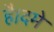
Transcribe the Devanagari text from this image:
है।दमे